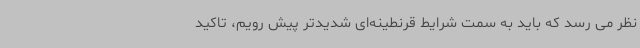
نظر می رسد که باید به سمت شرایط قرنطینه‌ای شدیدتر پیش رویم، تاکید